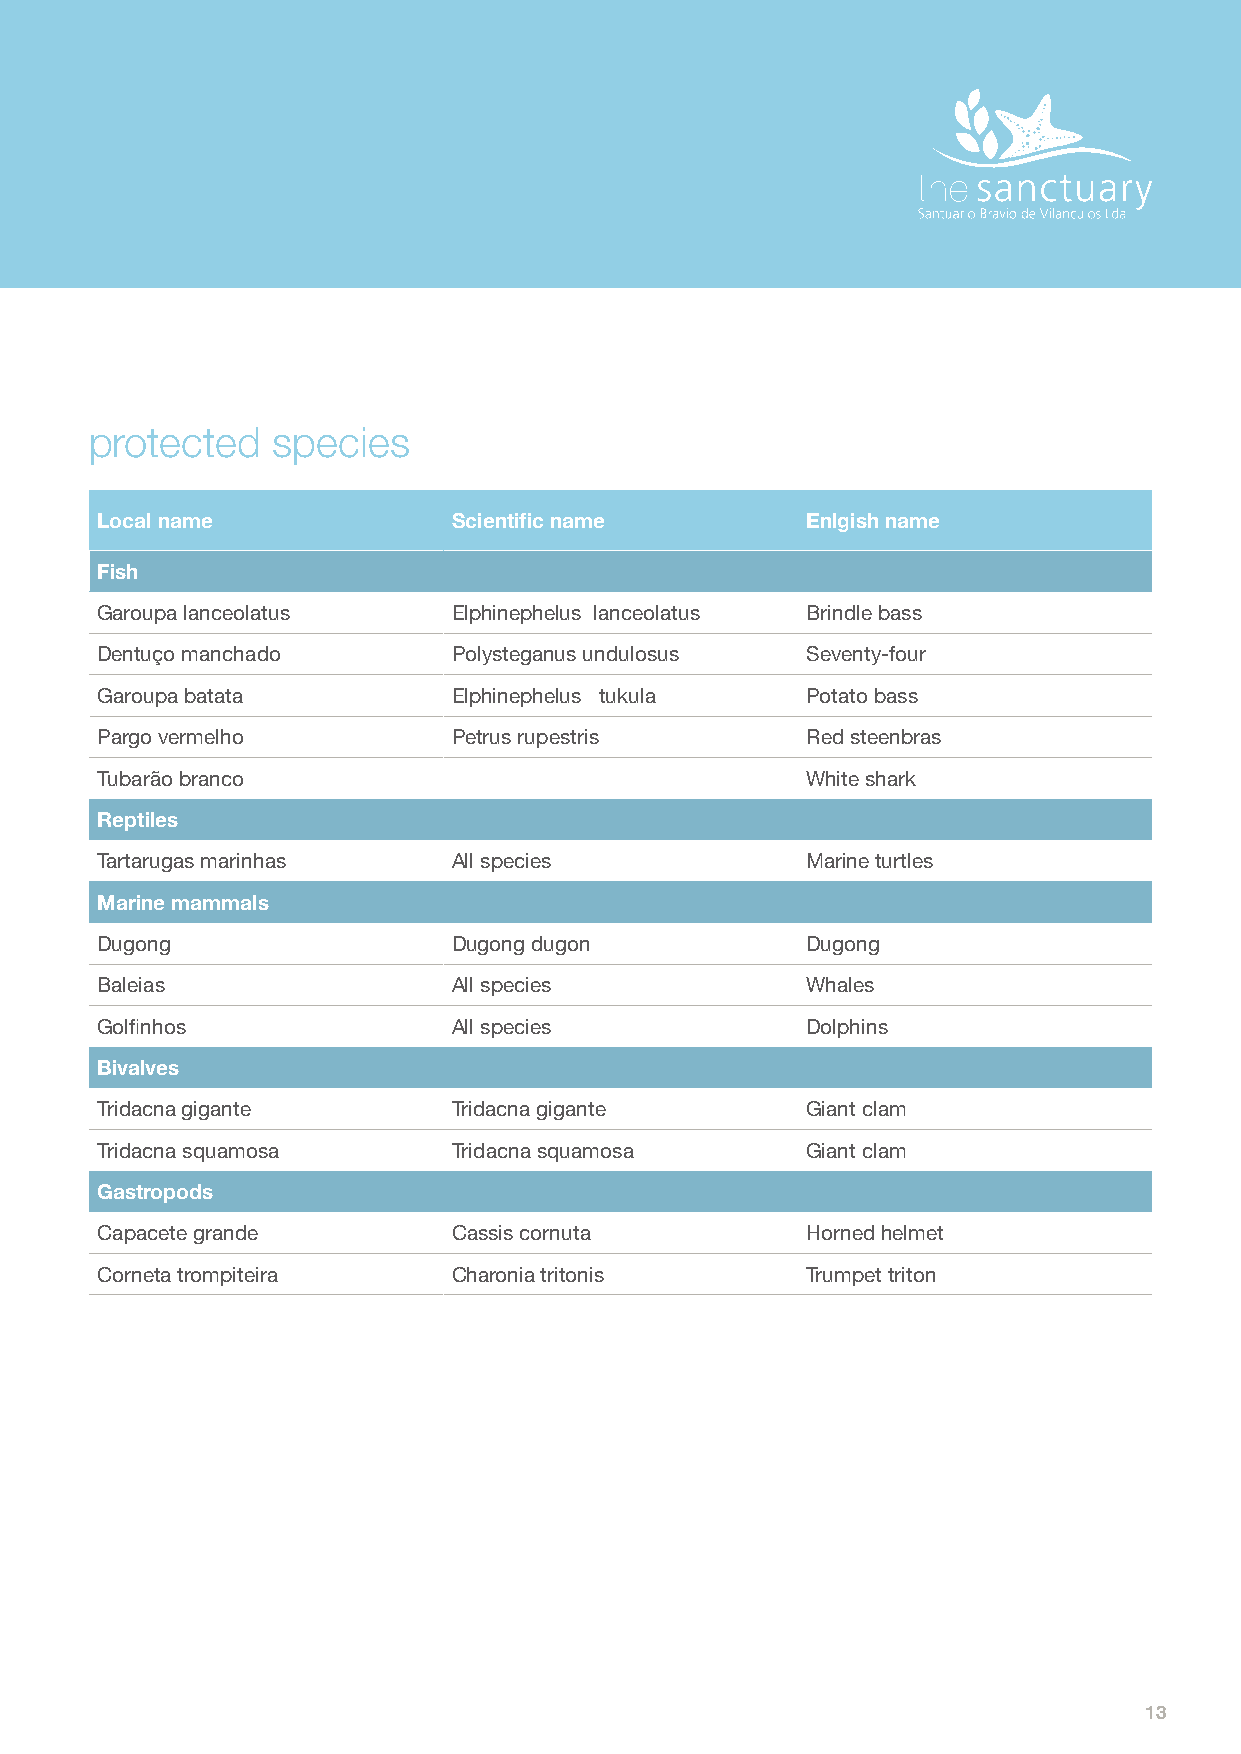
protected   species
 Local name              Scientific name        Enlgish name
 Fish
 Garoupa lanceolatus     Elphinephelus lanceolatus Brindle bass
 Dentuço manchado        Polysteganus undulosus Seventy-four
 Garoupa batata          Elphinephelus tukula   Potato bass
 Pargo vermelho          Petrus rupestris       Red steenbras
 Tubarão branco                                 White shark
 Reptiles
 Tartarugas marinhas     All species            Marine turtles
 Marine mammals
 Dugong                  Dugong dugon           Dugong
 Baleias                 All species            Whales
 Golfinhos               All species            Dolphins
 Bivalves
 Tridacna gigante        Tridacna gigante       Giant clam
 Tridacna squamosa       Tridacna squamosa      Giant clam
 Gastropods
 Capacete grande         Cassis cornuta         Horned helmet
 Corneta trompiteira     Charonia tritonis      Trumpet triton
 13